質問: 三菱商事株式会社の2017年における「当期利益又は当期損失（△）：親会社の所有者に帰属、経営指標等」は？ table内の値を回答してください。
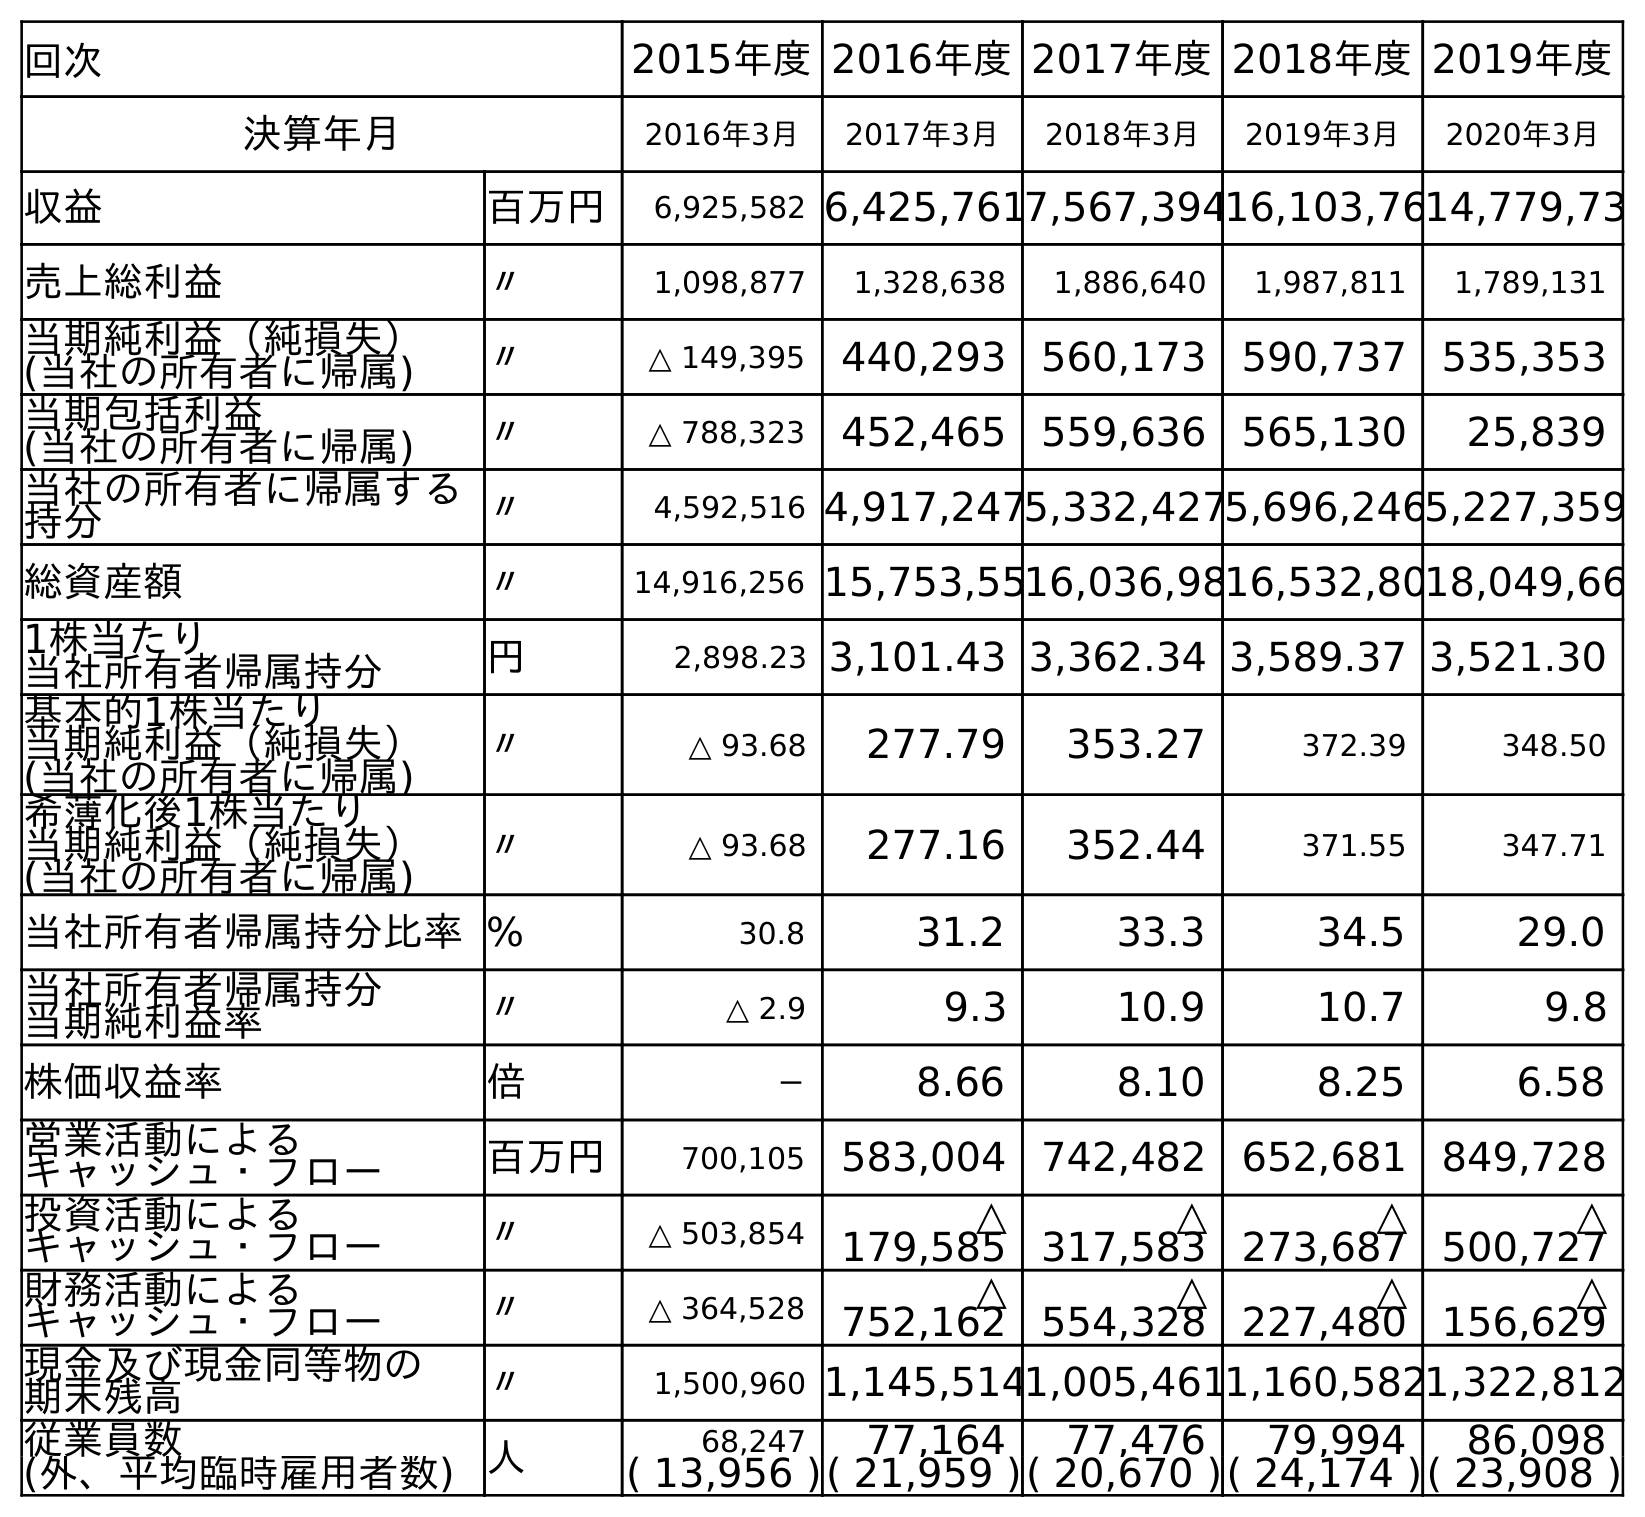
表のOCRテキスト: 回次 2015年度2016年度2017年度2018年度2019年度 決算年月 2016年3月 2017年3月 2018年3月 2019年3月 2020年3月 収益 百万円 6,925,582 6,425,7617,567,39416,103,7614,779,73 売上総利益 〃 1,098,877 1,328,638 1,886,640 1,987,811 1,789,131 当期純利益（純損失） (当社の所有者に帰属) 〃 △ 149,395 440,293 560,173 590,737 535,353 当期包括利益 (当社の所有者に帰属) 〃 △ 788,323 452,465 559,636 565,130 25,839 当社の所有者に帰属する 持分 〃 4,592,516 4,917,2475,332,4275,696,2465,227,359 総資産額 〃 14,916,256 15,753,5516,036,9816,532,8018,049,66 1株当たり 当社所有者帰属持分 円 2,898.23 3,101.43 3,362.34 3,589.37 3,521.30 基本的1株当たり 当期純利益（純損失） (当社の所有者に帰属) 〃 △ 93.68 277.79 353.27 372.39 348.50 希薄化後1株当たり 当期純利益（純損失） (当社の所有者に帰属) 〃 △ 93.68 277.16 352.44 371.55 347.71 当社所有者帰属持分比率% 30.8 31.2 33.3 34.5 29.0 当社所有者帰属持分 当期純利益率 〃 △ 2.9 9.3 10.9 10.7 9.8 株価収益率 倍 － 8.66 8.10 8.25 6.58 営業活動による キャッシュ・フロー 百万円 700,105 583,004 742,482 652,681 849,728 投資活動による キャッシュ・フロー 〃 △ 503,854 △ 179,585 △ 317,583 △ 273,687 △ 500,727 財務活動による キャッシュ・フロー 〃 △ 364,528 △ 752,162 △ 554,328 △ 227,480 △ 156,629 現金及び現金同等物の 期末残高 〃 1,500,960 1,145,5141,005,4611,160,5821,322,812 従業員数 人 68,247 77,164 77,476 79,994 86,098 (外、平均臨時雇用者数) ( 13,956 )( 21,959 )( 20,670 )( 24,174 )( 23,908 )
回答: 440,293